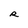
Character: R